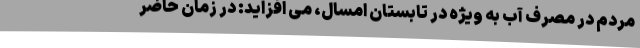
مردم در مصرف آب به ویژه در تابستان امسال، می افزاید: در زمان حاضر